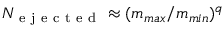
N _ { \mathrm { ~ e ~ j ~ e ~ c ~ t ~ e ~ d ~ } } \approx ( m _ { m a x } / m _ { m i n } ) ^ { q }